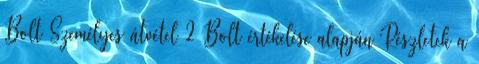
Bolt Személyes átvétel 2 Bolt értékelése alapján Részletek a